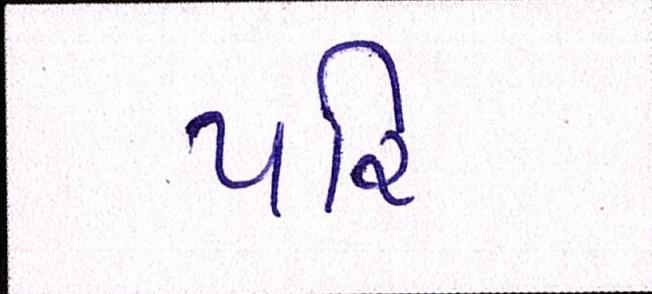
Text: પરિ